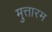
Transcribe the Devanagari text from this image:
मुत्तारम